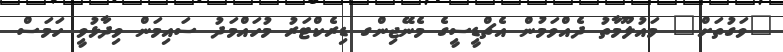
"ވަގުތަށް" މައުލޫމާތު ދެއްވަމުން އެޗްޑީސީގެ މެނޭޖިންގ ޑިރެކްޓަރު މުހައްމަދު ސައިމަން ވިދާޅުވީ ހަމަސް